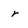
Character: r